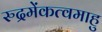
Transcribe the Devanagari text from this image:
रुद्रमेंकत्वमाहु